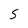
Character: S